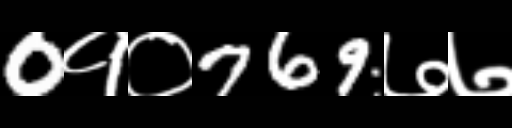
Text: 0१०769७७